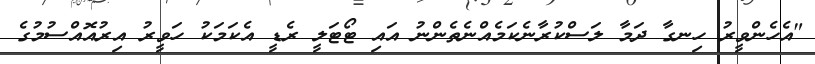
"އެހެންވީރު ހިނގާ ދަމާ ލަސްކުރާނެކަމެއްނެތެންނު އައި ޓޯޓަލީ ރެޑީ އެކަމަކު ހަވީރު އިރުއޮއްސުމުގެ